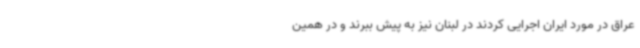
عراق در مورد ایران اجرایی کردند در لبنان نیز به پیش ببرند و در همین